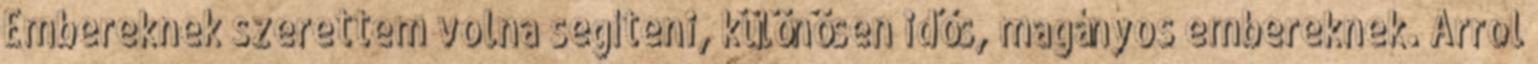
Embereknek szerettem volna segíteni, különösen idős, magányos embereknek. Arrol